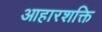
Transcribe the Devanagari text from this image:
आहारशक्ति